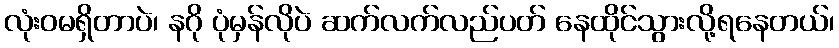
လုံးဝမရှိတာပဲ၊ နဂို ပုံမှန်လိုပဲ ဆက်လက်လည်ပတ် နေထိုင်သွားလို့ရနေတယ်၊